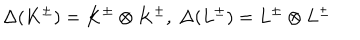
LaTeX: \Delta ( K ^ { \pm } ) = K ^ { \pm } \otimes K ^ { \pm } , \ \Delta ( L ^ { \pm } ) = L ^ { \pm } \otimes L ^ { \pm }